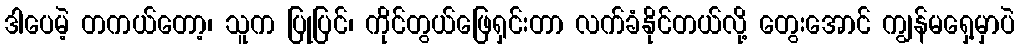
ဒါပေမဲ့ တကယ်တော့၊ သူက ပြုပြင်၊ ကိုင်တွယ်ဖြေရှင်းတာ လက်ခံနိုင်တယ်လို့ တွေးအောင် ကျွန်မရှေ့မှာပဲ